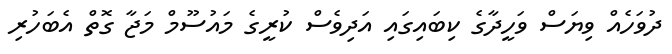
ދުވަހެއް ވިޔަސް ވަހީދާގެ ކިބައިގައި އަދިވެސް ކުރީގެ މައުސޫމް މަޖާ ގޮތް އެބަހުރި